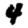
Digit: 4